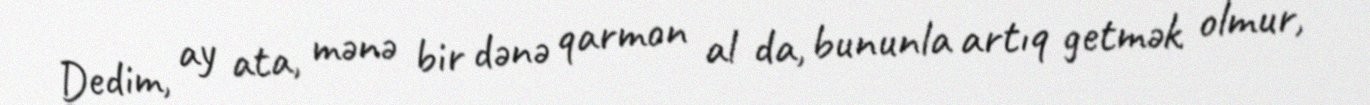
Dedim, ay ata, mənə bir dənə qarmon al da, bununla artıq getmək olmur,